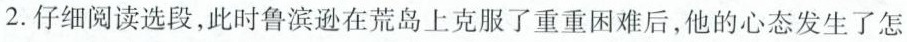
2.仔细阅读选段，此时鲁滨逊在荒岛上克服了重重困难后，他的心态发生了怎